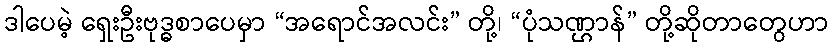
ဒါပေမဲ့ ရှေးဦးဗုဒ္ဓစာပေမှာ “အရောင်အလင်း” တို့၊ “ပုံသဏ္ဌာန်” တို့ဆိုတာတွေဟာ